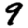
Digit: 9